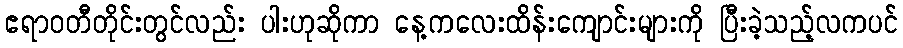
ဧရာဝတီတိုင်းတွင်လည်း ပါးဟုဆိုကာ နေ့ကလေးထိန်းကျောင်းများကို ပြီးခဲ့သည့်လကပင်